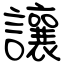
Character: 讓